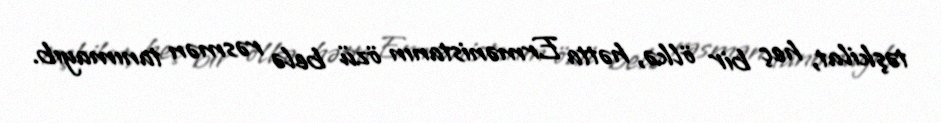
təşkilat, heç bir ölkə, hətta Ermənistanın özü belə rəsmən tanımayıb.